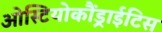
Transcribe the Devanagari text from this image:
ओस्टियोकौंड्राईटिस